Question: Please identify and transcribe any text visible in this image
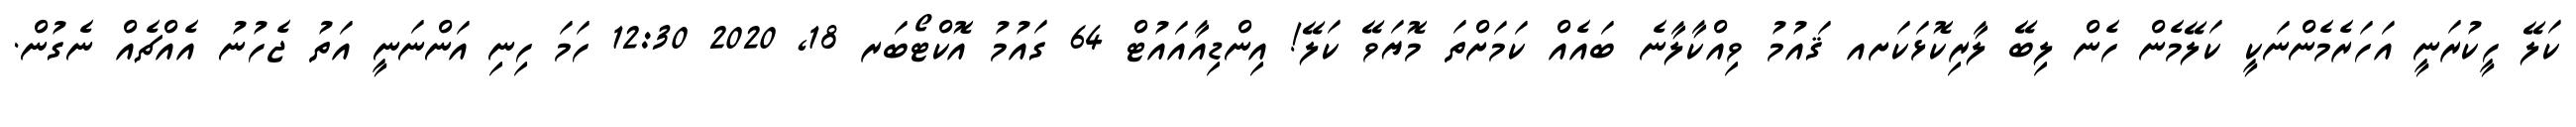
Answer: ކަލޭ ހީކުރަނީ އަހަރެމެންނަކީ ކަލޭމެން ހެން ލިބޭ ލާރިކޮޅަކަށއ ޤައުމު ވިއްކާލާނެ ބައެއް ކަމަށްތަ މޮޔަވޭ ކަލޭ! އިންޑިއާއައުޓް 64 ގައުމު އޮކްޓޯބަރ 18, 2020 12:30 ހަމަ ހިނި އަންނަނީ އަތު ޖެހުނު އެއްޗެއް ނެގުން.